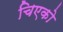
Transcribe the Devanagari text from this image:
चिएको